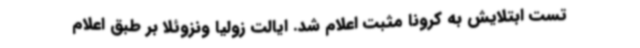
تست ابتلایش به کرونا مثبت اعلام شد. ایالت زولیا ونزوئلا بر طبق اعلام